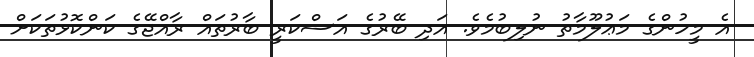
އެ މީހުންގެ މަޢުލޫމާތު ނުލިބުމެވެ. އަދި ބޭރުގެ އަސްކަރީ ބާރުތައް ރާއްޖޭގެ ކަންކޮޅުތަކަށް